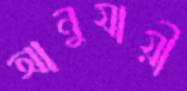
আনুযায়ী